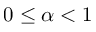
0 \leq \alpha < 1